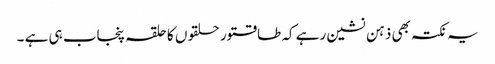
یہ نکتہ بھی ذہن نشین رہے کہ طاقتور حلقوں کا حلقہ پنجاب ہی ہے ۔